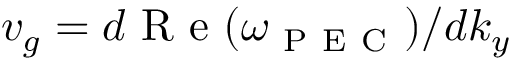
v _ { g } = d \mathrm { ~ R ~ e ~ } ( \omega _ { \mathrm { ~ P ~ E ~ C ~ } } ) / d k _ { y }